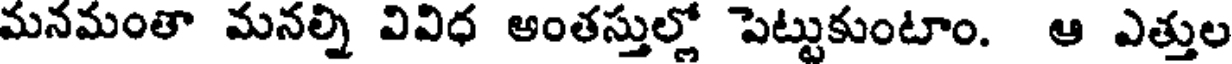
మనమంతా మనల్ని వివిధ అంతస్తుల్లో పెట్టుకుంటాం. ఆ ఎత్తుల